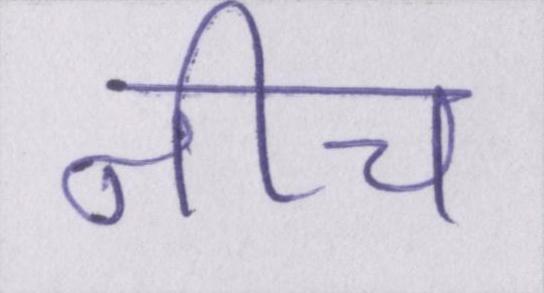
नीच